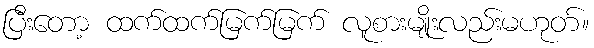
ပြီးတော့ ထက်ထက်မြက်မြက် လူစားမျိုးလည်းမဟုတ်။